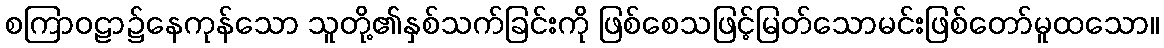
စကြာဝဠာ၌နေကုန်သော သူတို့၏နှစ်သက်ခြင်းကို ဖြစ်စေသဖြင့်မြတ်သောမင်းဖြစ်တော်မူထသော။